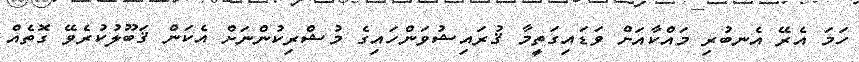
ހަމަ އެރޭ އެނބުރި މައްކާއަށް ވަޑައިގަތީމާ ޤުރައިޝުވަންހައިގެ މުޝްރިކުންނަށް އެކަން ޤަބޫލުކުރެވޭ ގޮތެއް